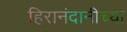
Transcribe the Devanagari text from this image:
हिरानंदानीच्या